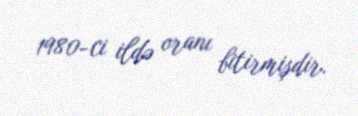
1980-ci ildə oranı bitirmişdir.